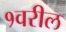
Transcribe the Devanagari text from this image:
१वरील